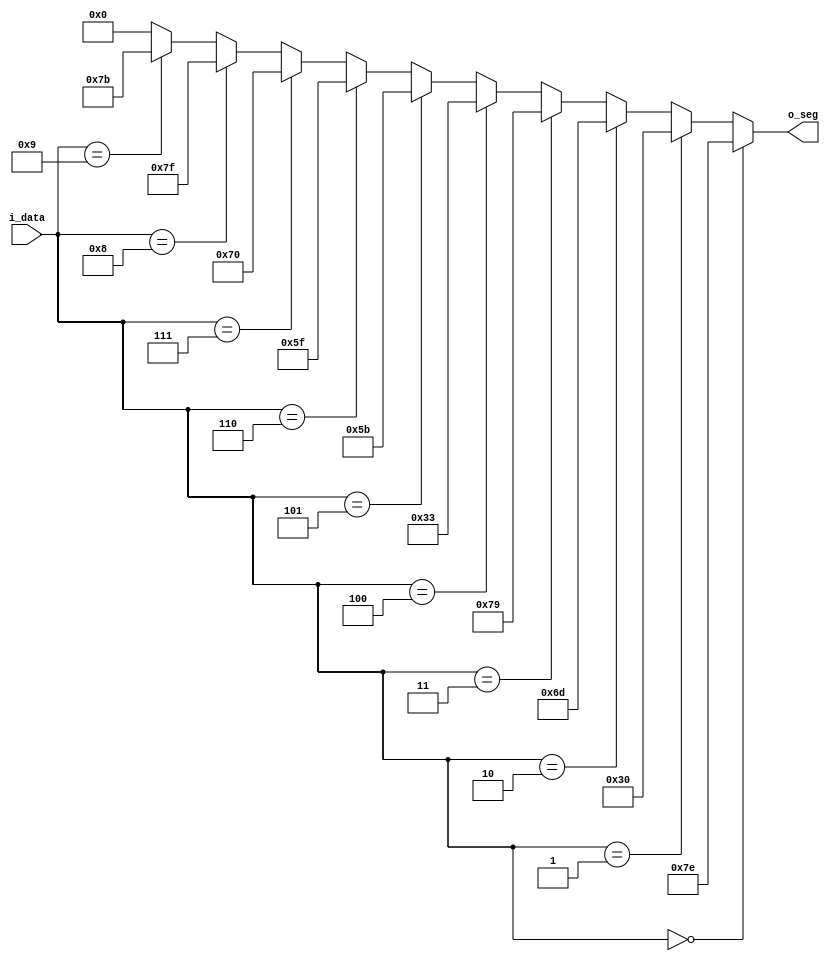
module Dec_7seg_if(
i_data,
o_seg);

input [3:0] i_data;
output reg [6:0] o_seg;

always @(*) begin
    if (i_data == 4'b0000) // 0
        o_seg = 7'b111_1110;
    else if (i_data == 4'b0001) // 1
        o_seg = 7'b011_0000;
    else if (i_data == 4'b0010) // 2
        o_seg = 7'b110_1101;
    else if (i_data == 4'b0011) // 3
        o_seg = 7'b111_1001;
    else if (i_data == 4'b0100) // 4
        o_seg = 7'b011_0011;
    else if (i_data == 4'b0101) // 5
        o_seg = 7'b101_1011;
    else if (i_data == 4'b0110) // 6
        o_seg = 7'b101_1111;
    else if (i_data == 4'b0111) // 7
        o_seg = 7'b111_0000;
    else if (i_data == 4'b1000) // 8
        o_seg = 7'b111_1111;
    else if (i_data == 4'b1001) // 9
        o_seg = 7'b111_1011;
    else
        o_seg = 7'b000_0000;
end

endmodule